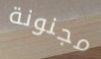
مجنونة